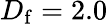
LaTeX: D_{\mathrm{f}}=2.0